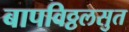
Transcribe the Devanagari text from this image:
बापविठ्ठलसुत